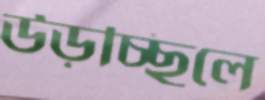
উড়চ্ছিলে